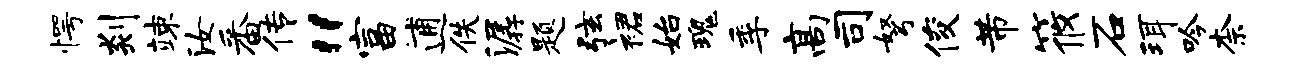
愕剡竦汝番传“富逋佚潺题弦裙始瑰季高司弩俊芾筱石珥吟柰